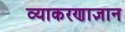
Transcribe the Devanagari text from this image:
व्याकरणाज्ञान